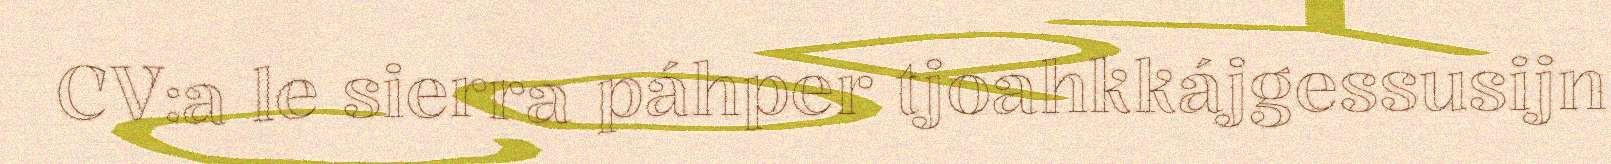
CV:a le sierra páhper tjoahkkájgessusijn